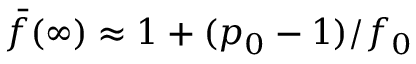
\bar { f } ( \infty ) \approx 1 + ( p _ { 0 } - 1 ) / f _ { 0 }